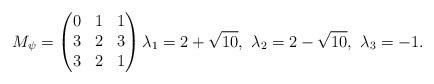
LaTeX: \begin{align*} M_\psi = \begin{pmatrix} 0&1&1 \\ 3&2&3 \\ 3&2&1 \\ \end{pmatrix} \lambda_1=2+\sqrt{10},\ \lambda_2=2-\sqrt{10},\ \lambda_3=-1. \end{align*}